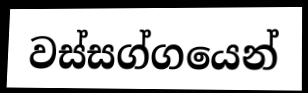
වස්සග්ගයෙන්